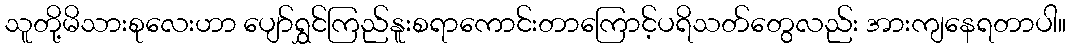
သူတို့မိသားစုလေးဟာ ပျော်ရွှင်ကြည်နူးစရာကောင်းတာကြောင့်ပရိသတ်တွေလည်း အားကျနေရတာပါ။